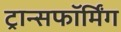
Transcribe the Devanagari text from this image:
ट्रान्सफॉर्मिंग